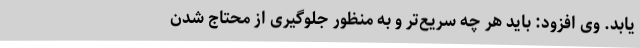
یابد. وی افزود: باید هر چه سریع‌تر و به منظور جلوگیری از محتاج شدن